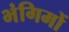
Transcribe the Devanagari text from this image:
भंगिमों